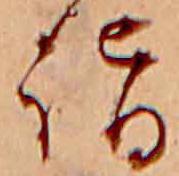
詣